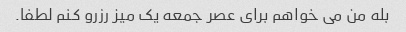
بله من می خواهم برای عصر جمعه یک میز رزرو کنم لطفا.